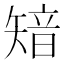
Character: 𥏮